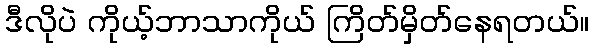
ဒီလိုပဲ ကိုယ့်ဘာသာကိုယ် ကြိတ်မှိတ်နေရတယ်။